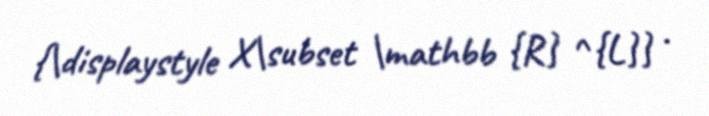
{\displaystyle X\subset \mathbb {R} ^{L}} .